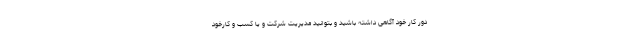
دور کار خود آگاهی داشته باشید و بتوانید مدیریت شرکت و یا کسب و کارخود